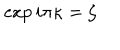
\exp i \pi \kappa = \zeta